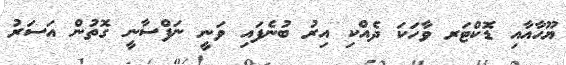
ޔޫހާއާއި ޑޮކްޓަރ ވާހަކަ ދެއްކި އިރު ބުނެފައި ވަނީ ނަފްސާނީ ގޮތުން އަސަރު